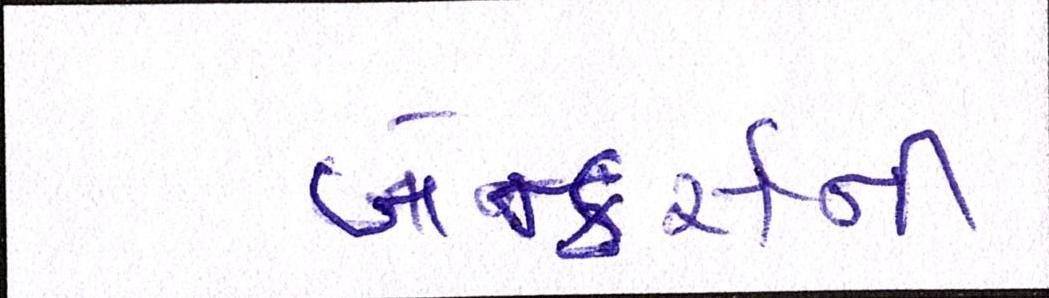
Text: બેન્કર્સની